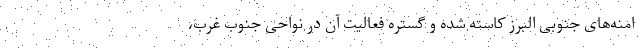
امنه‌های جنوبی البرز کاسته شده و گستره فعالیت آن در نواحی جنوب غرب،